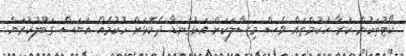
ކޯޓުތަކުން ކުރާ ހުކުމްތައް ވެސް މިސާލަކަށް އަޅުގަނޑާ ދެކޮޅަށް ހުކުމެއް އަޔަސް ގަބޫލުކުރަން